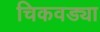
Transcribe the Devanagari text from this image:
चिकवड्या